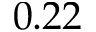
0 . 2 2